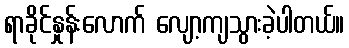
ရာခိုင်နှုန်းလောက် လျော့ကျသွားခဲ့ပါတယ်။